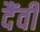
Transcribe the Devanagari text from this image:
दैंवी